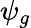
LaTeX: \psi_{g}